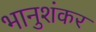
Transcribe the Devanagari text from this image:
भानुशंकर